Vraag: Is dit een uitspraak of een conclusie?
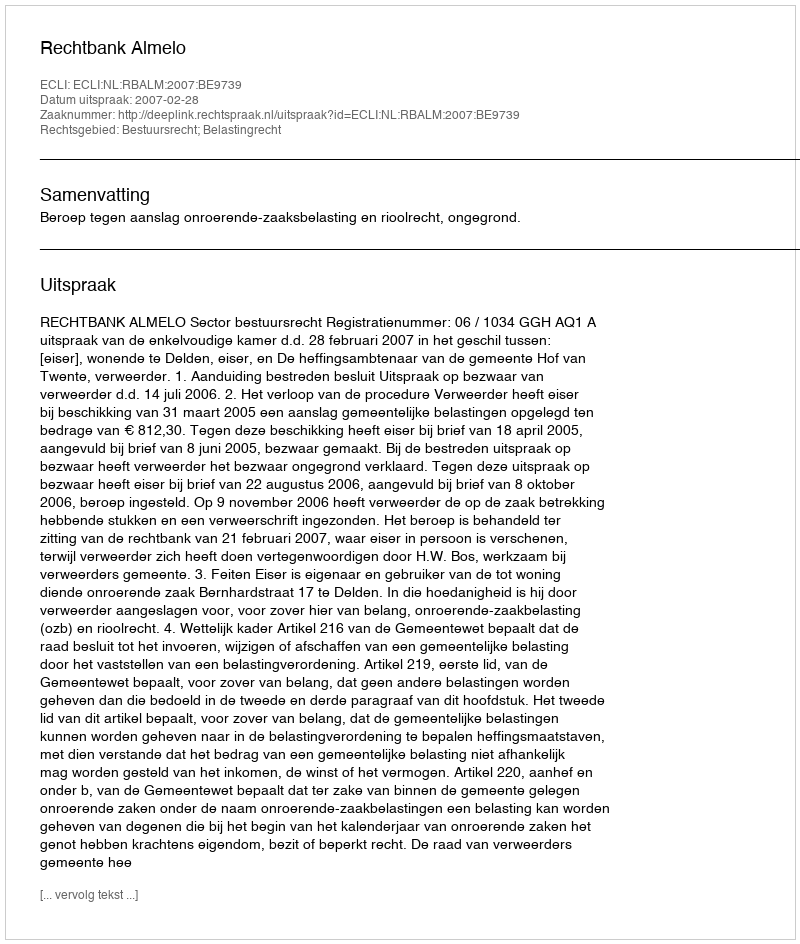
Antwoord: Uitspraak